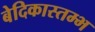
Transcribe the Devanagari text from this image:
बेदिकास्तम्भ